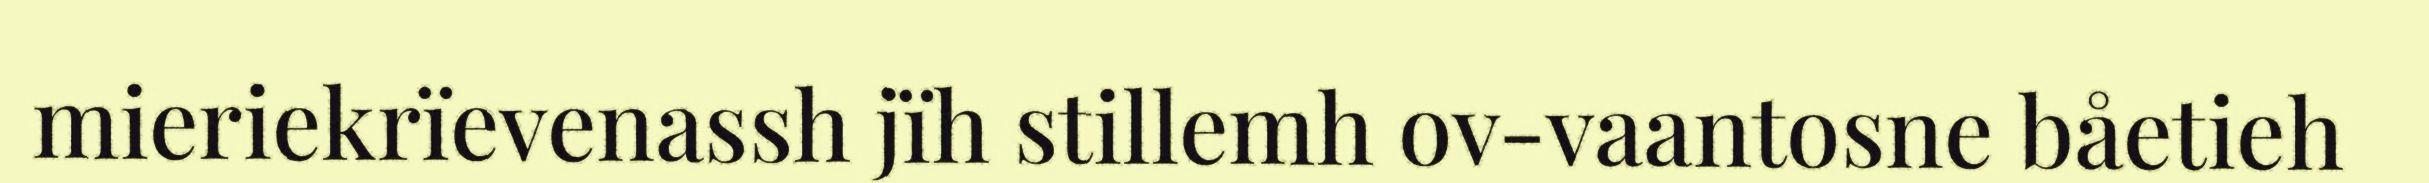
mieriekrïevenassh jïh stillemh ov-vaantosne båetieh